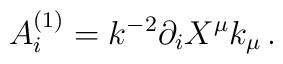
A^{(1)}_i = k^{-2} \partial_i X^\mu k_\mu\, .